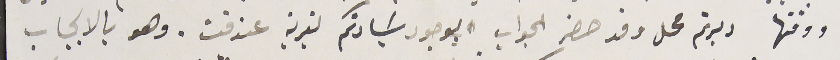
ووقتها دبرتم محل وقد حضر الجواب بوجود سَيادتكم لقرية عندقت. وهو بالايجاب